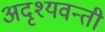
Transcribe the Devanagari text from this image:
अदृश्यवन्ती